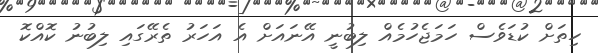
ހިތަށް ކުޑަވެސް ހަމަޖެހުމެއް ލިބުނީ އޭނައަށް އެ އަހަރު ތެރޭގައި ލިބުނު ކޮއްކޮ